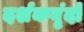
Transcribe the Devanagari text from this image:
दर्शकवृंदों